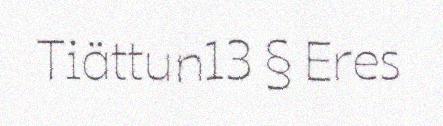
Tiättun13 § Eres